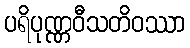
ပရိပုဏ္ဏဝီသတိဝဿာ